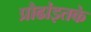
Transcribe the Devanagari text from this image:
प्रौढांइतके